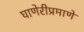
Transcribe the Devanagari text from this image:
घाणेरीप्रमाणे